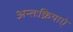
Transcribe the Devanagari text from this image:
अन्तःक्रियाएं